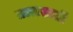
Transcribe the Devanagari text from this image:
तळासाठी